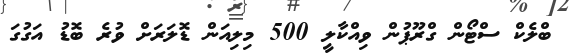
ބްލެކް ސްޓޯން ގްރޫޕުން ވިއްކާލީ 500 މިލިއަން ޑޮލަރަށް ވުރެ ބޮޑު އަގުގަ